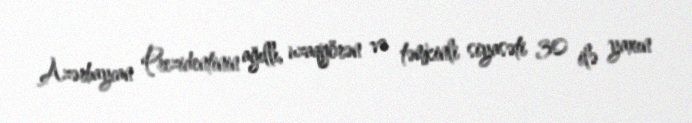
Azərbaycan Prezidentinin ağıllı, uzaqgörən və təmkinli siyasəti 30 ilə yaxın